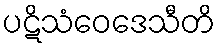
ပဋိသံဝေဒေသီတိ